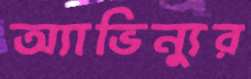
অ্যাভিন্যুর